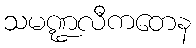
သမဏ္ဍလီကတေန